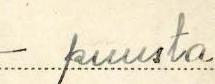
-puusta